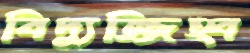
বিদ্যুজ্জিহ্ব